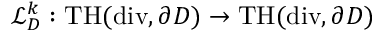
\mathcal { L } _ { D } ^ { k } : \mathrm { T H } ( \mathrm { d i v } , \partial D ) \rightarrow \mathrm { T H } ( \mathrm { d i v } , \partial D )